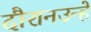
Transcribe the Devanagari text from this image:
दौरानउन्हें